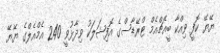
ޔޭޔޭ ކޮފީ ވިއްކާ ބީއެޗްއެމް ޓްރޭޑާސްގެ އޮފިޝަލަކު ވިދާޅުވީ 240 އެމްއެލްގެ ޔޭޔޭ